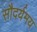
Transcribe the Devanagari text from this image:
सौदर्यमय